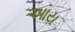
આય